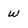
Character: W